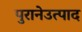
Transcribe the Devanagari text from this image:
पुरानेउत्पाद